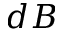
d B